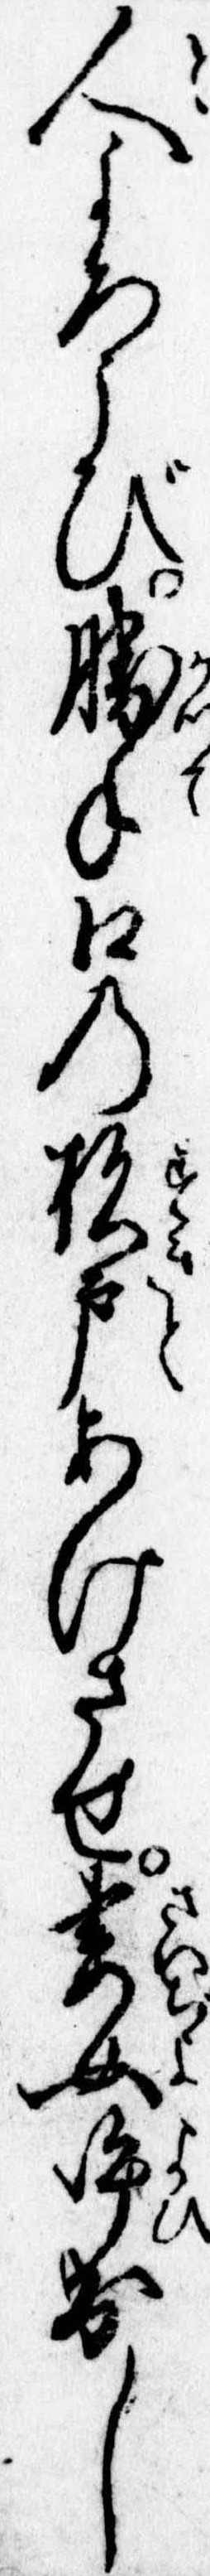
人よろこび勝手口の杉戸あけさせ妻女呼出し